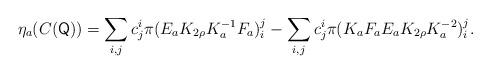
LaTeX: \begin{align*}\eta_{a}(C(\mathsf{Q}))=\sum_{i,j}c_{j}^{i}\pi(E_{a}K_{2\rho}K_{a}^{-1}F_{a})_{i}^{j}-\sum_{i,j}c_{j}^{i}\pi(K_{a}F_{a}E_{a}K_{2\rho}K_{a}^{-2})_{i}^{j}.\end{align*}